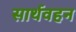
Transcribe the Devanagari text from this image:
सार्थवहन